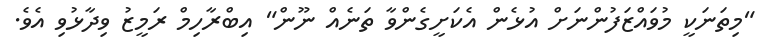
"މިތަނަކީ މުވައްޒަފުންނަށް އުޅެން އެކަށީގެންވާ ތަނެއް ނޫން" އިބްރާހިމް ރަމީޒު ވިދާޅުވި އެވެ.